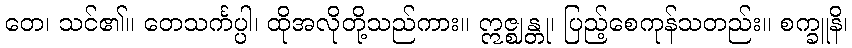
တေ၊ သင်၏။ တေသင်္ကပ္ပါ၊ ထိုအလိုတို့သည်ကား။ ဣဇ္ဈန္တု၊ ပြည့်စေကုန်သတည်း။ စက္ခူနိ၊